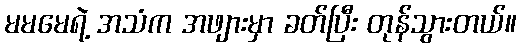
မမမေရဲ့ အသံက အဖျားမှာ ခတ်ပြီး တုန်သွားတယ်။